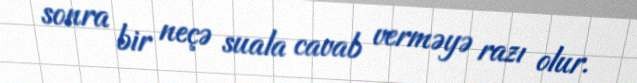
sonra bir neçə suala cavab verməyə razı olur.